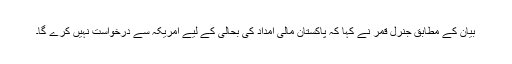
بیان کے مطابق جنرل قمر نے کہا کہ پاکستان مالی امداد کی بحالی کے لیے امریکہ سے درخواست نہیں کرے گا۔